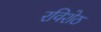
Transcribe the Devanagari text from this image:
रविशेठ